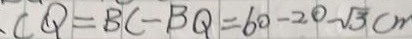
\cdot C Q = B C - B Q = 6 0 - 2 0 \sqrt { 3 } c m